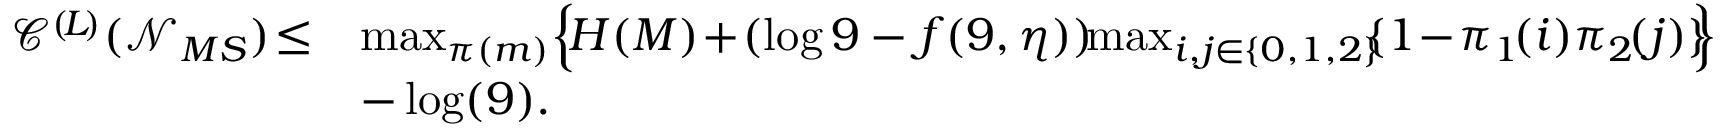
\begin{array} { r l } { \mathscr { C } ^ { ( \! L \! ) } ( \mathcal { N } _ { M S } ) \! \leq } & { \operatorname* { m a x } _ { \pi ( m ) } \Bigl \{ \! H ( M ) \! + \! ( \log 9 - f ( 9 , \eta ) ) \! \! \operatorname* { m a x } _ { i , j \in \{ 0 , 1 , 2 \} } \! \! \{ 1 \! - \! \pi _ { 1 } \! ( i ) \pi _ { 2 } \! ( j ) \} \! \! \Bigr \} } \\ & { - \log ( 9 ) . } \end{array}